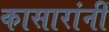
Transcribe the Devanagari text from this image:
कासारांनीं